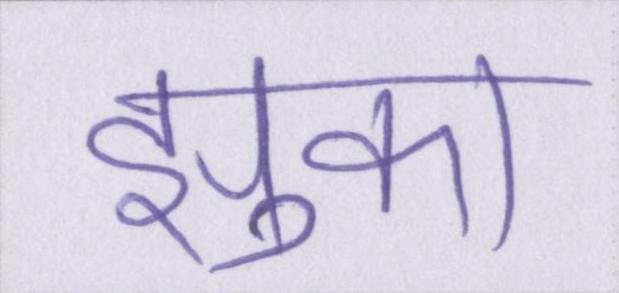
झुका